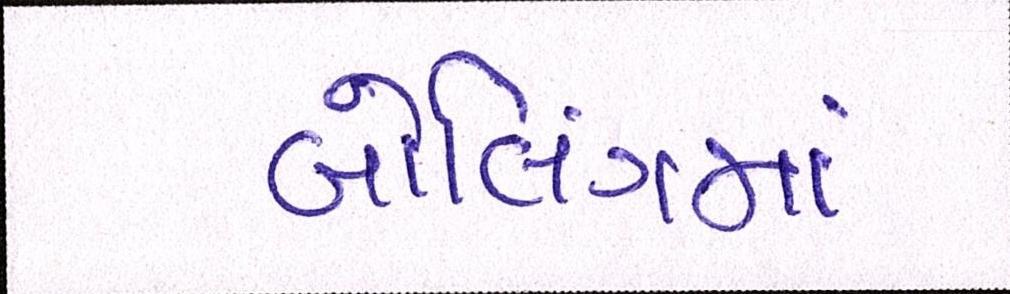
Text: બોલિંગમાં